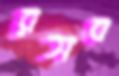
রসব